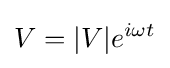
V=|V|e^{i\omega t}